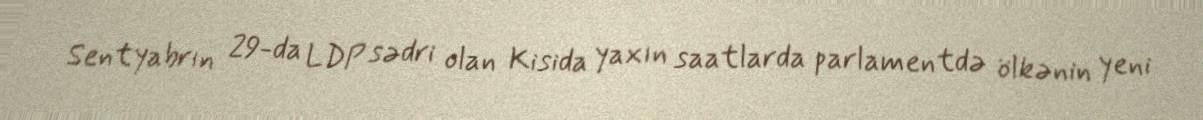
Sentyabrın 29-da LDP sədri olan Kisida yaxın saatlarda parlamentdə ölkənin yeni